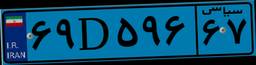
۸۳D۶۸۰۷۵